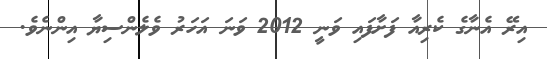
އިރޭ އެނާގެ ކެރިއާ ފަށާފައި ވަނީ 2012 ވަނަ އަހަރު ވެލެންސިޔާ އިންނެވެ.